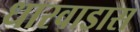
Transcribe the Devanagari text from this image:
धारवाडास